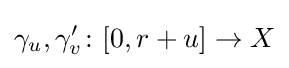
\gamma _{u},\gamma '_{v}\colon [0,r+u]\to X